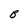
Character: B